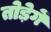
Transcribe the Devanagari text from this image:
तोड़ेगें